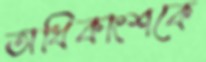
অধিকাংশকে